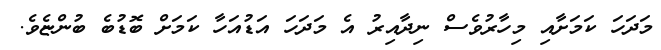
މަދަހަ ކަމަށާއި މިހާރުވެސް ނިދާއިރު އެ މަދަހަ އަޑުއަހާ ކަމަށް ބޮޑުބެ ބުންޏެވެ.